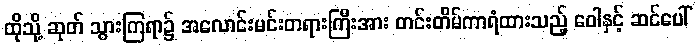
ထိုသို့ ဆုတ် သွားကြရာ၌ အလောင်းမင်းတရားကြီးအား တင်းတိမ်ကာရံထားသည့် ဝေါနှင့် ဆင်ပေါ်